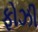
ફોઝી